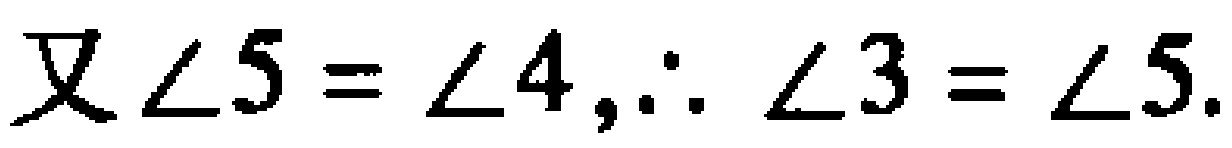
又$\angle 5 = \angle 4,\therefore \angle 3 = \angle 5.$